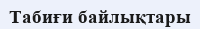
Табиғи байлықтары